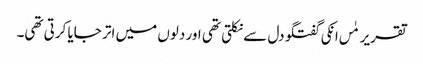
تقریر مٰں انکی گفتگو دل سے نکلتی تھی اور دلوں میں اتر جایا کرتی تھی۔